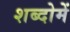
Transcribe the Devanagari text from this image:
शब्दोमें